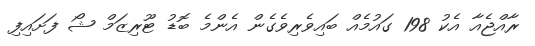
ރާއްޖެއާ އެކު 198 ގައުމެއް ބައިވެރިވެގެން އެންމެ ބޮޑު ޓޫރިޒަމް ޝޯ ފަށައިފި